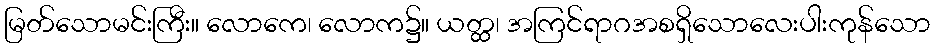
မြတ်သောမင်းကြီး။ လောကေ၊ လောက၌။ ယတ္ထ၊ အကြင်ရာဂအစရှိသောလေးပါးကုန်သော